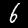
Digit: 6